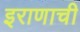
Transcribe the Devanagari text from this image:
इराणाची